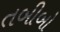
તબીબો